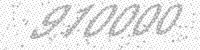
Solution: 910000